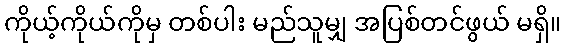
ကိုယ့်ကိုယ်ကိုမှ တစ်ပါး မည်သူမျှ အပြစ်တင်ဖွယ် မရှိ။